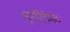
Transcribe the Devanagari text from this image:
सुपरिंटेंडंट